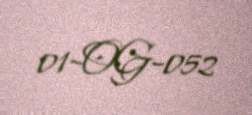
01-OG-052